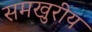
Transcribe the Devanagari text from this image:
समखुरीय